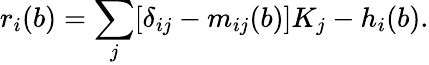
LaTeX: r_{i}(b)=\sum_{j}[\delta_{ij}-m_{ij}(b)]K_{j}-h_{i}(b).